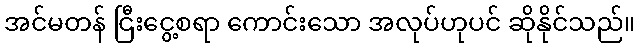
အင်မတန် ငြီးငွေ့စရာ ကောင်းသော အလုပ်ဟုပင် ဆိုနိုင်သည်။